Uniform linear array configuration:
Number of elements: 12
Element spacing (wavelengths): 1
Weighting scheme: cosine
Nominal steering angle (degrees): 45
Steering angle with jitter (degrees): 44.372
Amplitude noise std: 0.05
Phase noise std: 0.05

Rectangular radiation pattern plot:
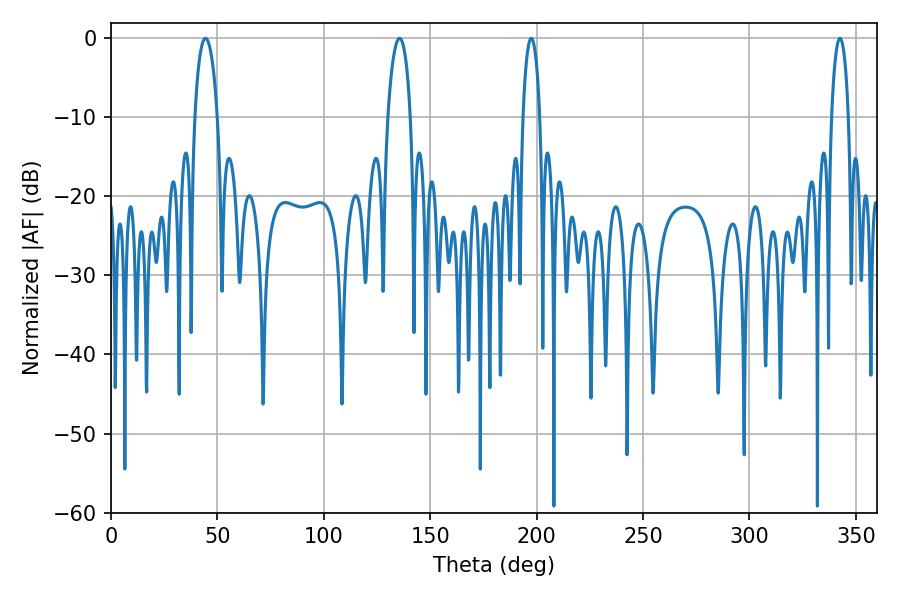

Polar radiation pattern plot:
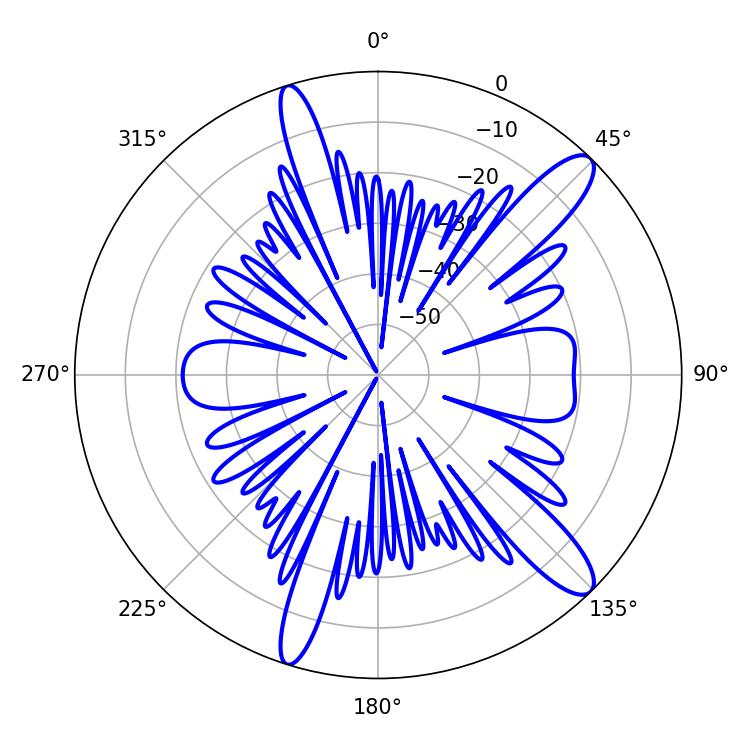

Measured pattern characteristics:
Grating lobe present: TRUE
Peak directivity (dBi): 12.559
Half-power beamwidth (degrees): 4.5
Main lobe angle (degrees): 197.46